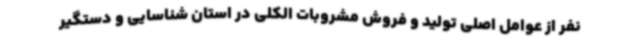
نفر از عوامل اصلی تولید و فروش مشروبات الکلی در استان شناسایی و دستگیر